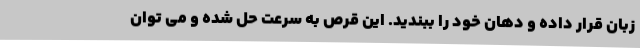
زبان قرار داده و دهان خود را ببندید. این قرص به سرعت حل شده و می توان